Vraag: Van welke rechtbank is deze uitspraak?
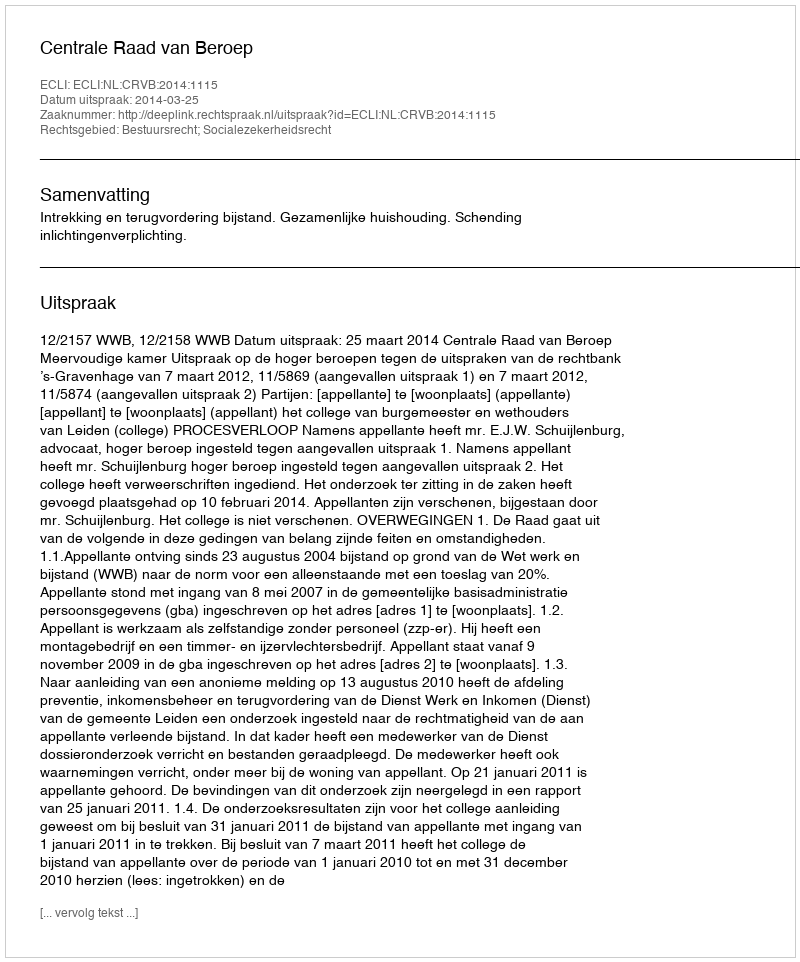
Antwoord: Centrale Raad van Beroep